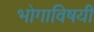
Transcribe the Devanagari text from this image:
भोगाविषयी